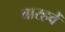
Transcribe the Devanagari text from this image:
बारहवेँ